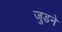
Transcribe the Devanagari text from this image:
जुडनें